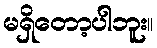
မရှိတော့ပါဘူး။